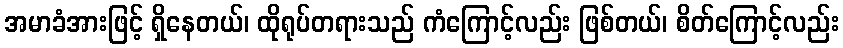
အမာခံအားဖြင့် ရှိနေတယ်၊ ထိုရုပ်တရားသည် ကံကြောင့်လည်း ဖြစ်တယ်၊ စိတ်ကြောင့်လည်း